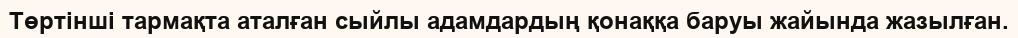
Төртінші тармақта аталған сыйлы адамдардың қонаққа баруы жайында жазылған.